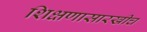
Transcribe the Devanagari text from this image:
शिक्षणासारखीच